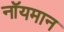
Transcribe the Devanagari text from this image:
नॉयमान